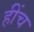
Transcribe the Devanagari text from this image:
हींच